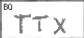
Transcription: TTX